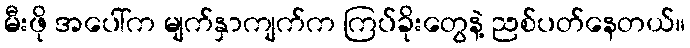
မီးဖို အပေါ်က မျက်နှာကျက်က ကြပ်ခိုးတွေနဲ့ ညစ်ပတ်နေတယ်။